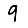
Digit: 9